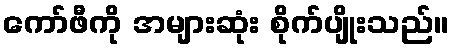
ကော်ဖီကို အများဆုံး စိုက်ပျိုးသည်။